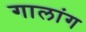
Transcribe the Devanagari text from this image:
गालांग